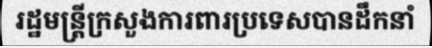
រដ្ឋមន្ត្រីក្រសួងការពារប្រទេសបានដឹកនាំ